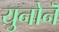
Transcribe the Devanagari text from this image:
युनोनॆ